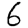
Digit: 6